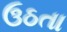
ઉઠતા